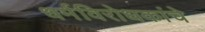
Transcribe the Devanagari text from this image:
धर्मविरोधकांचे